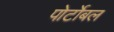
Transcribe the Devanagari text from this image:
पोर्टोबल